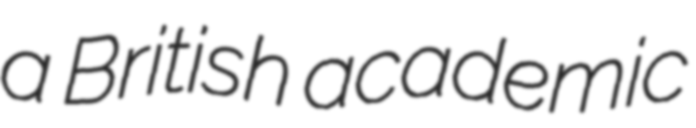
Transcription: a British academic